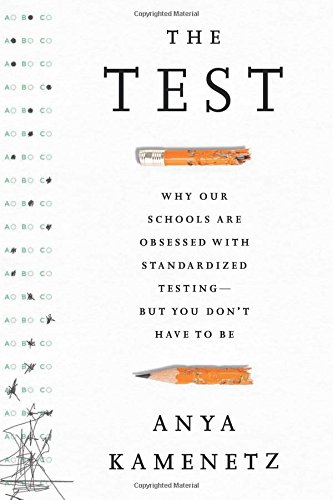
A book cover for The Test: Why Our Schools are Obsessed with Standardized TestingEEBut You DonEEt Have to Be; Anya Kamenetz; Parenting & Relationships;